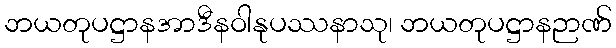
ဘယတုပဋ္ဌာနအာဒီနဝါနုပဿနာသု၊ ဘယတုပဋ္ဌာနဉာဏ်